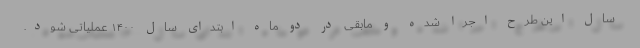
سال این طرح اجرا شده و مابقی در دو ماه ابتدای سال ۱۴۰۰ عملیاتی شود.